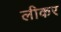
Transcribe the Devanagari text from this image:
लीकर